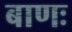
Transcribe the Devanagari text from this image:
बाणः